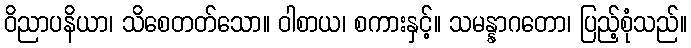
ဝိညာပနိယာ၊ သိစေတတ်သော။ ဝါစာယ၊ စကားနှင့်။ သမန္နာဂတော၊ ပြည့်စုံသည်။